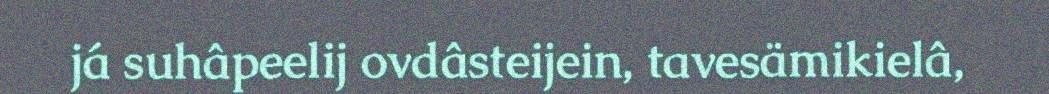
já suhâpeelij ovdâsteijein, tavesämikielâ,